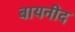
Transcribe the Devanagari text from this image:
बायनीद